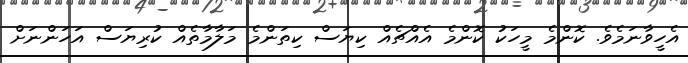
އެހީވާނަމެވެ. ކޮންމެ މީހަކު ކޮންމެ އެއްޗެއް ކިޔަސް ކިތަންމެ މަލާމާތެއް ކުރިޔަސް އަހަންނަށް